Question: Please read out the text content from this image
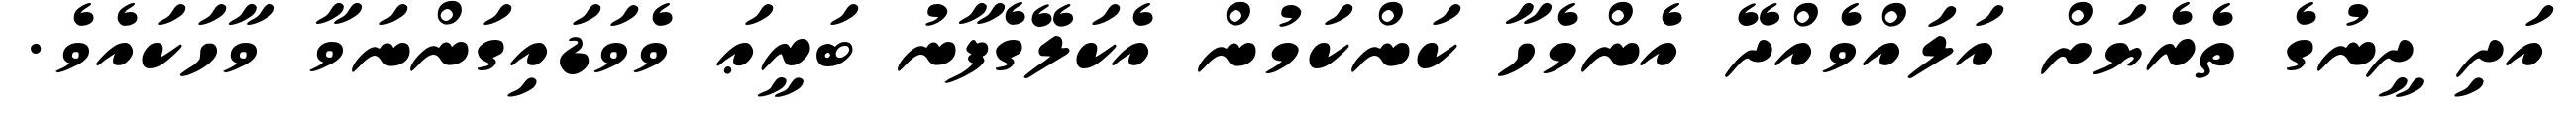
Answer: އަދި ދީނުގެ ތެރެޔަށް އަލައްވެއްދޭ އެންމެހާ ކަންކަމުން އެކަލޭގެފާނު ބަރީޢަ ވެވަޑައިގަންނަވާ ވާހަކައެވެ.